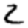
Digit: 2